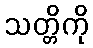
သတ္တိကို